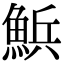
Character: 𮫽